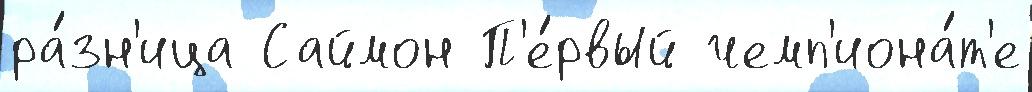
ра́зн'ица Саймон П'е́рвый чемп'иона́т'е